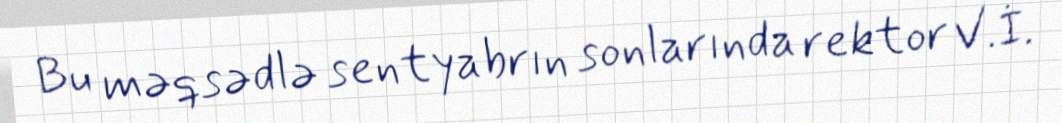
Bu məqsədlə sentyabrın sonlarında rektor V.İ.